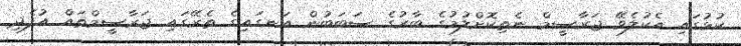
ކުޅުގައި އެކުލެވޭ ޖަރާސީމް ނެތިކޮށްލުމުގެ ބާރުގެ ސަބަބުން އަނގައިގެ ތެރޭގައި ޖަރާސީމްތައް އުފެދި